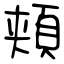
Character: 頬